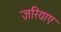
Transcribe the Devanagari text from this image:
ज़रियाए